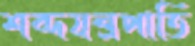
শব্দযন্ত্রপাতি